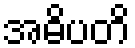
အဓိပတိ